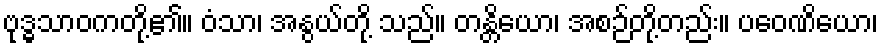
ဗုဒ္ဓသာဝကတို့၏။ ဝံသာ၊ အနွယ်တို့ သည်။ တန္တိယော၊ အစဉ်တို့တည်း။ ပဝေဏိယော၊